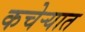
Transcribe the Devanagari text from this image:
कचेर्‍यात